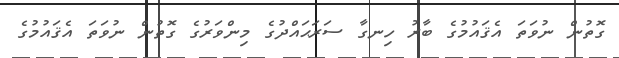
ގޮތުން ނުވަތަ އެޤައުމުގެ ބާރު ހިނގާ ސަރަޙައްދުގެ މިންވަރުގެ ގޮތުން ނުވަތަ އެޤައުމުގެ